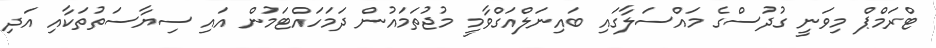
ޓްރަމްޕް މިވަނީ ގުދުސްގެ މައްސަލާގައި ބައިނަލްއަގްވާމީ މުޖުތަމައުން ދަމަހައްޓަމުން އައި ސިޔާސަތުތަކާއި އަދި